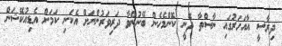
ދިރާސީ އާއަހަރުގައި ނާސްތާ ދޭނީ ކޮންމެހެން ބޭނުންވާ ދަރިވަރުންނަށް އެކަނި ކަމަށް އެޑިއުކޭޝަން